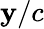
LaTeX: \mathbf{y}/c